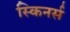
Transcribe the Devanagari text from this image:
स्किनर्स